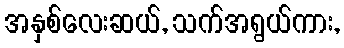
အနှစ်လေးဆယ်, သက်အရွယ်ကား,